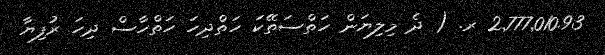
2